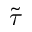
\Tilde { \tau }